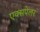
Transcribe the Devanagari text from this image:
एक्सपेलर